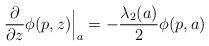
LaTeX: \begin{align*}\frac {\partial} {\partial z} \phi(p,z)\Big|_{a}=-\frac {\lambda_2(a)} 2 \phi(p,a)\end{align*}